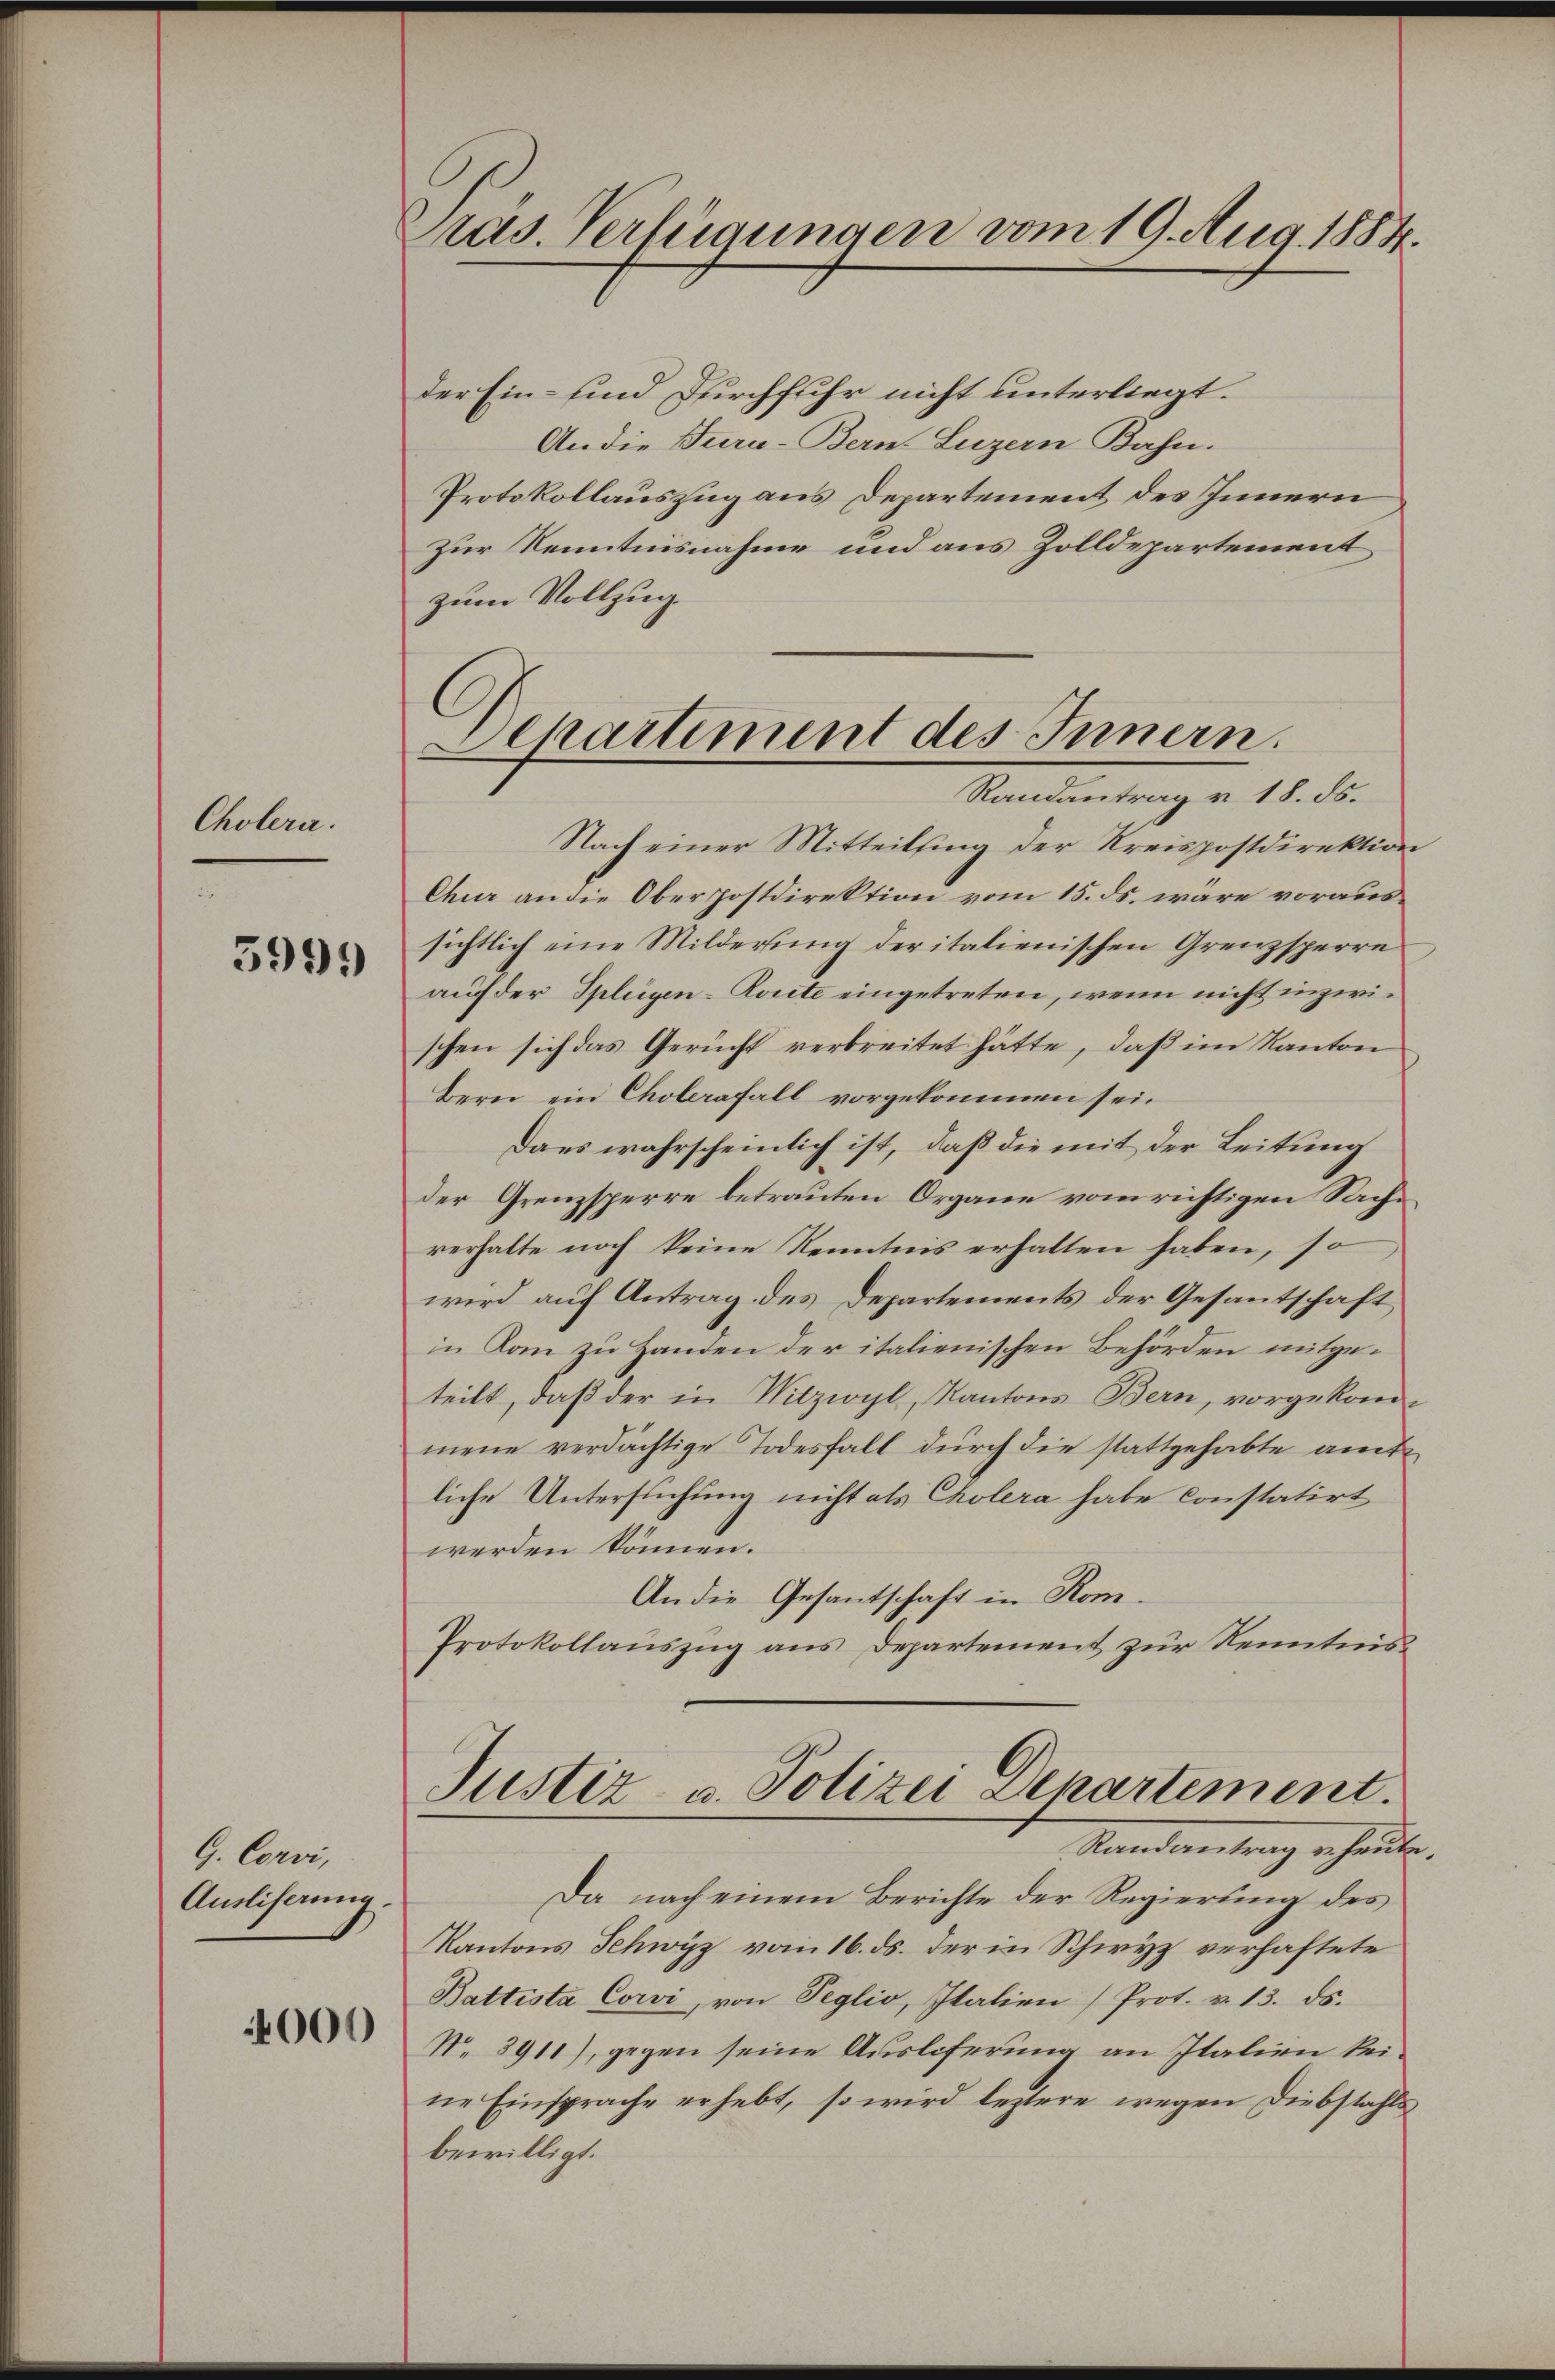
Cholera.

5999

G. Corvi,
Ausliserung.
4000

Präs. Verfügungen vom 19. Aug. 1884.

der Ein- und Durchfuhr nicht unterliegt.
An die Turn-Bern. Luzern Bahn.
Protokollauszug aus Departement des Innern
zur Kenntnisnahme und aus Zolldepartement
zum Vollzug.
Nach einer Mitteilsing der Kreispostdirektion
Chur an die Oberpostdirektion vom 15. ds. wäre voraussichtlich eine Milderung der italienischen Grenzsperre
auf der Splügen-Ronte eingetreten, wenn nicht inzwischen sich das Gericht verbreitet hätte, daß im Kanton
Bern ein Cholerafall vorgekommen sei.
Dans wahrscheinlich ist, daß die mit der Leitung
der Grenzsperre betrauten Organe vom richtigen Sachverhalte noch keine Kenntnis erhalten haben, so
wird auf Antrag des Departements der Gesantschaft
in Kom zu Handen der italienischen Behörden mitgeteilt, daß der in Witzwyl, Kantons Bern, vorgekommene verdächtige Todesfall durch die stattgehabte amtliche Untersuchung nicht als Cholera habe constatirt
werden können.
An die Gesantschaft in Rom.
Protokollauszug aus Departement zur Kenntnis¬
Justiz- u. Polizei Departement.
Randantrag u. heute
Da nach einem Berichte der Regierung des
Kantons Schwyz vom 16. ds. der in Schwyz verhaftete
Battista Corvi, von Seglio, Italien (Prot. v. 13. ds.
N. 2911), gegen seine Ausliferung an Italien keine Einsprache erhebt, so wird leztere wegen Diebstahls
bewilligt.

Departement des Innern.
.
Randantrag v. 18. ds.